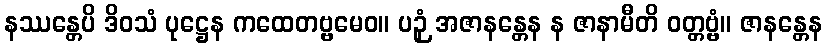
နဿန္တေပိ ဒိဝသံ ပုဋ္ဌေန ကထေတဗ္ဗမေဝ။ ပဉှံ အဇာနန္တေန န ဇာနာမီတိ ဝတ္တဗ္ဗံ။ ဇာနန္တေန